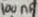
Text: 100nF